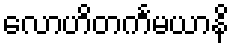
လောဟိတင်္ကမယာနိ